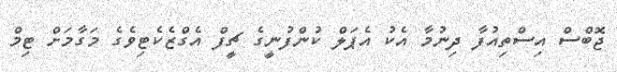
ޖޮބްސް އިސްތިއުފާ ދިނުމާ އެކު އެޕަލް ކުންފުނީގެ ޗީފް އެގްޒެކެޓިވެގެ މަގާމަށް ޓިމް